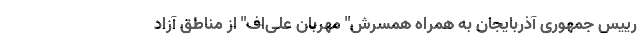
رییس جمهوری آذربایجان به همراه همسرش" مهربان علی‌اف" از مناطق آزاد